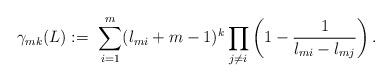
LaTeX: \begin{align*} \gamma_{mk} (L): = \ \sum_{i=1}^m(l_{mi}+m-1)^k \prod_{j\ne i} \left( 1 -\frac{1}{l_{mi}- l_{mj}} \right).\end{align*}